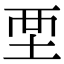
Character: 𡊹